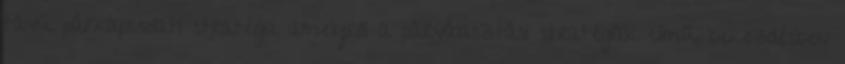
távú párkapcsolati stratégia amelyről a párválasztási stratégiák című bekezdésben